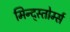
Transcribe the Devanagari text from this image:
मिन्द्स्तोर्म्स